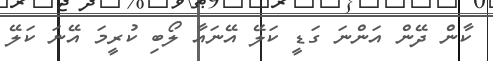
ކާން ދޭން އަންނަ ގަޑީ ކަލޭ އޭނައާ ލޯބި ކުރީމަ އޭނަ ކަލޭ